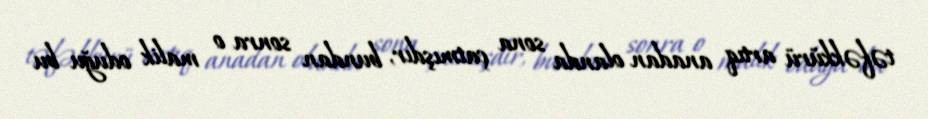
təfəkkürü artıq anadan olanda sona çatmışdır, bundan sonra o malik oduğu bu